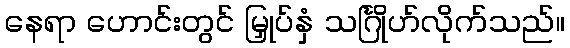
နေရာ ဟောင်းတွင် မြှုပ်နှံ သင်္ဂြိုဟ်လိုက်သည်။